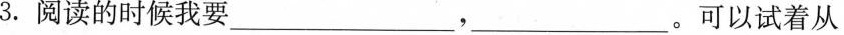
3.阅读的时候我要___，___。可以试着从